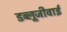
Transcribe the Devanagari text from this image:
डब्लूजीवाई